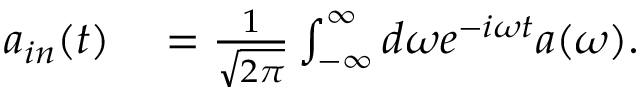
\begin{array} { r l } { a _ { i n } ( t ) } & { { } = \frac { 1 } { \sqrt { 2 \pi } } \int _ { - \infty } ^ { \infty } d \omega e ^ { - i \omega t } a ( \omega ) . } \end{array}